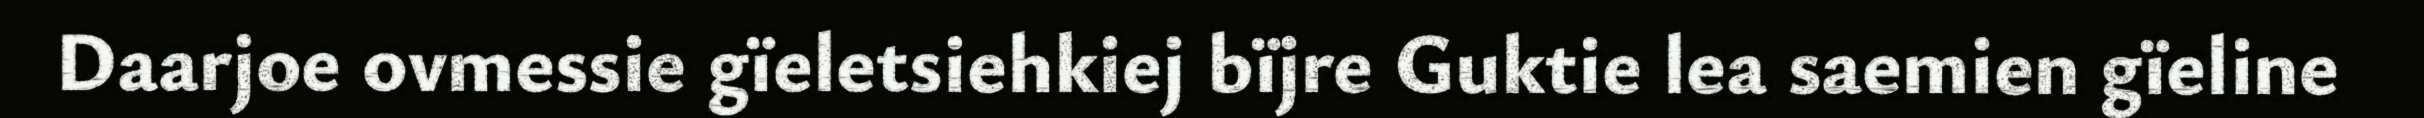
Daarjoe ovmessie gïeletsiehkiej bïjre Guktie lea saemien gïeline